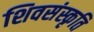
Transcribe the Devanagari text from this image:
शिवसंस्कृति